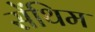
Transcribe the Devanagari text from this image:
सेंथिम